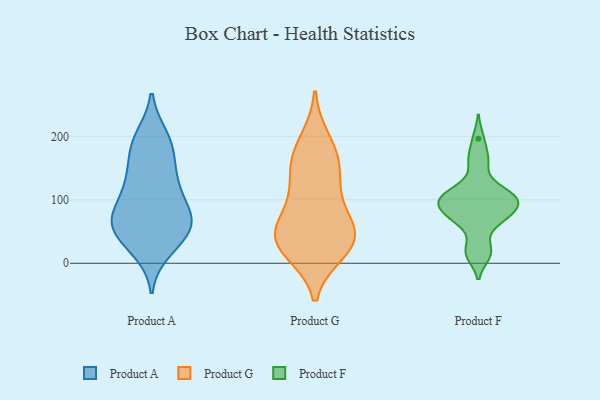
{"axis": {"x": "Satisfaction Score", "y": "Value"}, "legend": ["Product A", "Product F", "Product G"], "data": [{"x": "", "y": 21, "type": "Product A"}, {"x": "", "y": 55, "type": "Product A"}, {"x": "", "y": 191, "type": "Product A"}, {"x": "", "y": 38, "type": "Product A"}, {"x": "", "y": 57, "type": "Product A"}, {"x": "", "y": 115, "type": "Product A"}, {"x": "", "y": 65, "type": "Product A"}, {"x": "", "y": 199, "type": "Product A"}, {"x": "", "y": 66, "type": "Product A"}, {"x": "", "y": 128, "type": "Product A"}, {"x": "", "y": 144, "type": "Product A"}, {"x": "", "y": 93, "type": "Product A"}, {"x": "", "y": 31, "type": "Product A"}, {"x": "", "y": 76, "type": "Product A"}, {"x": "", "y": 137, "type": "Product A"}, {"x": "", "y": 63, "type": "Product A"}, {"x": "", "y": 174, "type": "Product A"}, {"x": "", "y": 192, "type": "Product A"}, {"x": "", "y": 82, "type": "Product A"}, {"x": "", "y": 97, "type": "Product G"}, {"x": "", "y": 193, "type": "Product G"}, {"x": "", "y": 46, "type": "Product G"}, {"x": "", "y": 144, "type": "Product G"}, {"x": "", "y": 50, "type": "Product G"}, {"x": "", "y": 19, "type": "Product G"}, {"x": "", "y": 21, "type": "Product G"}, {"x": "", "y": 163, "type": "Product G"}, {"x": "", "y": 43, "type": "Product G"}, {"x": "", "y": 39, "type": "Product G"}, {"x": "", "y": 47, "type": "Product G"}, {"x": "", "y": 165, "type": "Product G"}, {"x": "", "y": 109, "type": "Product G"}, {"x": "", "y": 106, "type": "Product F"}, {"x": "", "y": 120, "type": "Product F"}, {"x": "", "y": 65, "type": "Product F"}, {"x": "", "y": 15, "type": "Product F"}, {"x": "", "y": 98, "type": "Product F"}, {"x": "", "y": 164, "type": "Product F"}, {"x": "", "y": 72, "type": "Product F"}, {"x": "", "y": 80, "type": "Product F"}, {"x": "", "y": 13, "type": "Product F"}, {"x": "", "y": 88, "type": "Product F"}, {"x": "", "y": 95, "type": "Product F"}, {"x": "", "y": 67, "type": "Product F"}, {"x": "", "y": 101, "type": "Product F"}, {"x": "", "y": 25, "type": "Product F"}, {"x": "", "y": 160, "type": "Product F"}, {"x": "", "y": 113, "type": "Product F"}, {"x": "", "y": 88, "type": "Product F"}, {"x": "", "y": 196, "type": "Product F"}, {"x": "", "y": 108, "type": "Product F"}]}